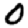
Digit: 0